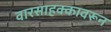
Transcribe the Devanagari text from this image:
वारसाहक्कावरून